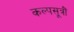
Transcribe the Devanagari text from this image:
कल्पसूत्रौं